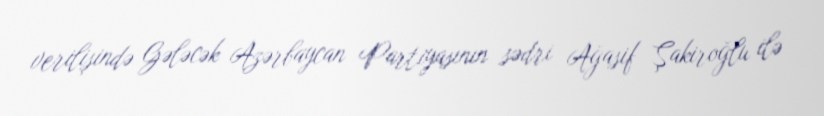
verilişində Gələcək Azərbaycan Partiyasının sədri Ağasif Şakiroğlu ilə